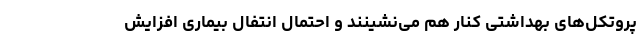
پروتکل‌های بهداشتی کنار هم می‌نشینند و احتمال انتفال بیماری افزایش